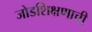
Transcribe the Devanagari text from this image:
जोडशिक्षणाची